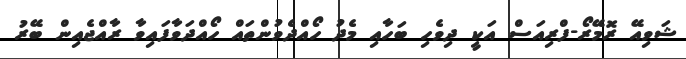
ޝަވިއޭ ރޮމޭރޯ-ފްރިއަސް އަކީ ދިވެހި ބަހާއި މެދު ހޯއްދެވުންތައް ހޯއްދަވާފައިވާ ރާއްޖެއިން ބޭރު